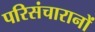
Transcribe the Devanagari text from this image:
परिसंचारानों